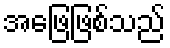
အဖြေဖြစ်သည်